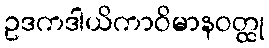
ဥဒကဒါယိကာဝိမာနဝတ္ထု